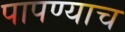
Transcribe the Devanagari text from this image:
पापण्याच